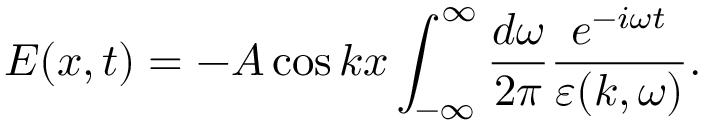
E ( x , t ) = - A \cos k x \int _ { - \infty } ^ { \infty } \frac { d \omega } { 2 \pi } \frac { e ^ { - i \omega t } } { \varepsilon ( k , \omega ) } .